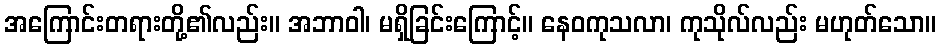
အကြောင်းတရားတို့၏လည်း။ အဘာဝါ၊ မရှိခြင်းကြောင့်။ နေဝကုသလာ၊ ကုသိုလ်လည်း မဟုတ်သော။